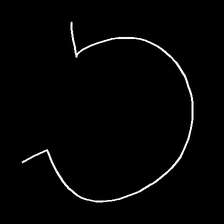
Glyph: weave